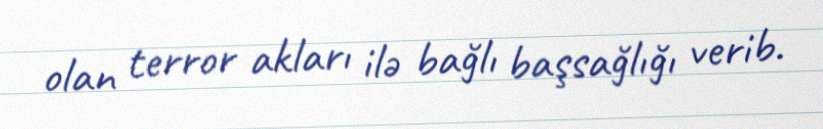
olan terror akları ilə bağlı başsağlığı verib.